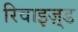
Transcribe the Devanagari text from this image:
रिवाइज़्ड